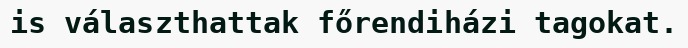
is választhattak főrendiházi tagokat.